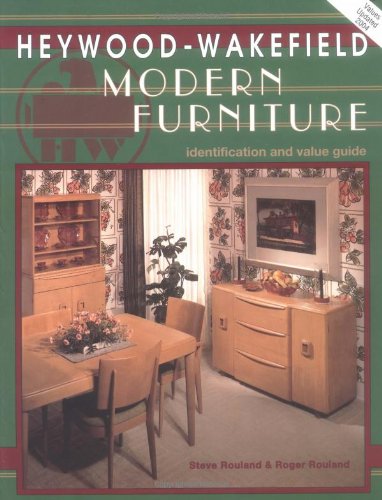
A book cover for Heywood-Wakefield Modern Furniture; Steven Rouland; Crafts, Hobbies & Home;